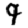
Digit: 9